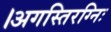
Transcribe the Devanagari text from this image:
।अगस्तिरग्निः